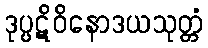
ဒုပ္ပဋိဝိနောဒယသုတ္တံ